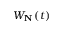
W _ { \mathbf { N } } \left( t \right)